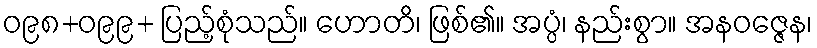
ဝ၉၈+ဝ၉၉+ ပြည့်စုံသည်။ ဟောတိ၊ ဖြစ်၏။ အပ္ပံ၊ နည်းစွာ။ အနဝဇ္ဇေန၊